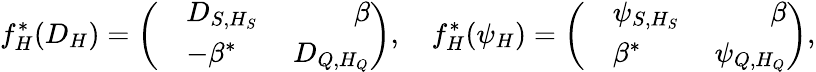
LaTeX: f_{H}^{*}(D_{H})=\left(\begin{array}{rlr}&{D_{S,H_{S}}\ }&{\beta}\\ &{-\beta^{*}\ }&{D_{Q,H_{Q}}}\end{array}\right),\ \ \ \ f_{H}^{*}(\psi_{H})=\left(\begin{array}{rlr}&{\psi_{S,H_{S}}\ }&{\beta}\\ &{\beta^{*}\ }&{\psi_{Q,H_{Q}}}\end{array}\right),